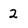
Character: 2